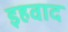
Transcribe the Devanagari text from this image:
इहवाद